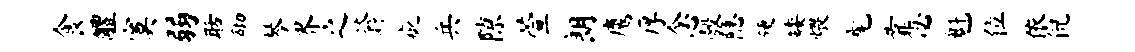
食醴寞弱聒砌琴界之蓊疵兵隙萱朗鹰厚念彀隐硬矮煨髦靠必魁位依倪